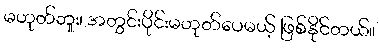
မဟုတ်ဘူး၊ အတွင်းပိုင်းမဟုတ်ပေမယ့် ဖြစ်နိုင်တယ်။